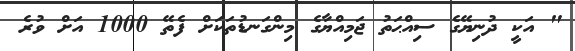
" އަކީ ދުނިޔޭގެ ސިއްޙަތު ޖަމިއްޔާގެ މިންގަނޑުތަކަށް ފެތޭ 1000 އަށް ވުރެ